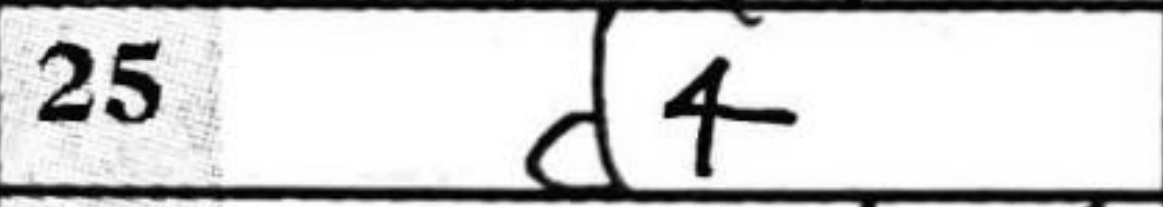
Transcription: d4